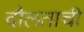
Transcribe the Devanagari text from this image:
दौलताची